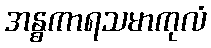
အန္ဓကာရသမာကုလံ